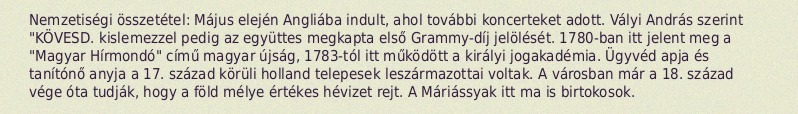
Nemzetiségi összetétel: Május elején Angliába indult, ahol további koncerteket adott. Vályi András szerint "KÖVESD. kislemezzel pedig az együttes megkapta első Grammy-díj jelölését. 1780-ban itt jelent meg a "Magyar Hírmondó" című magyar újság, 1783-tól itt működött a királyi jogakadémia. Ügyvéd apja és tanítónő anyja a 17. század körüli holland telepesek leszármazottai voltak. A városban már a 18. század vége óta tudják, hogy a föld mélye értékes hévizet rejt. A Máriássyak itt ma is birtokosok.